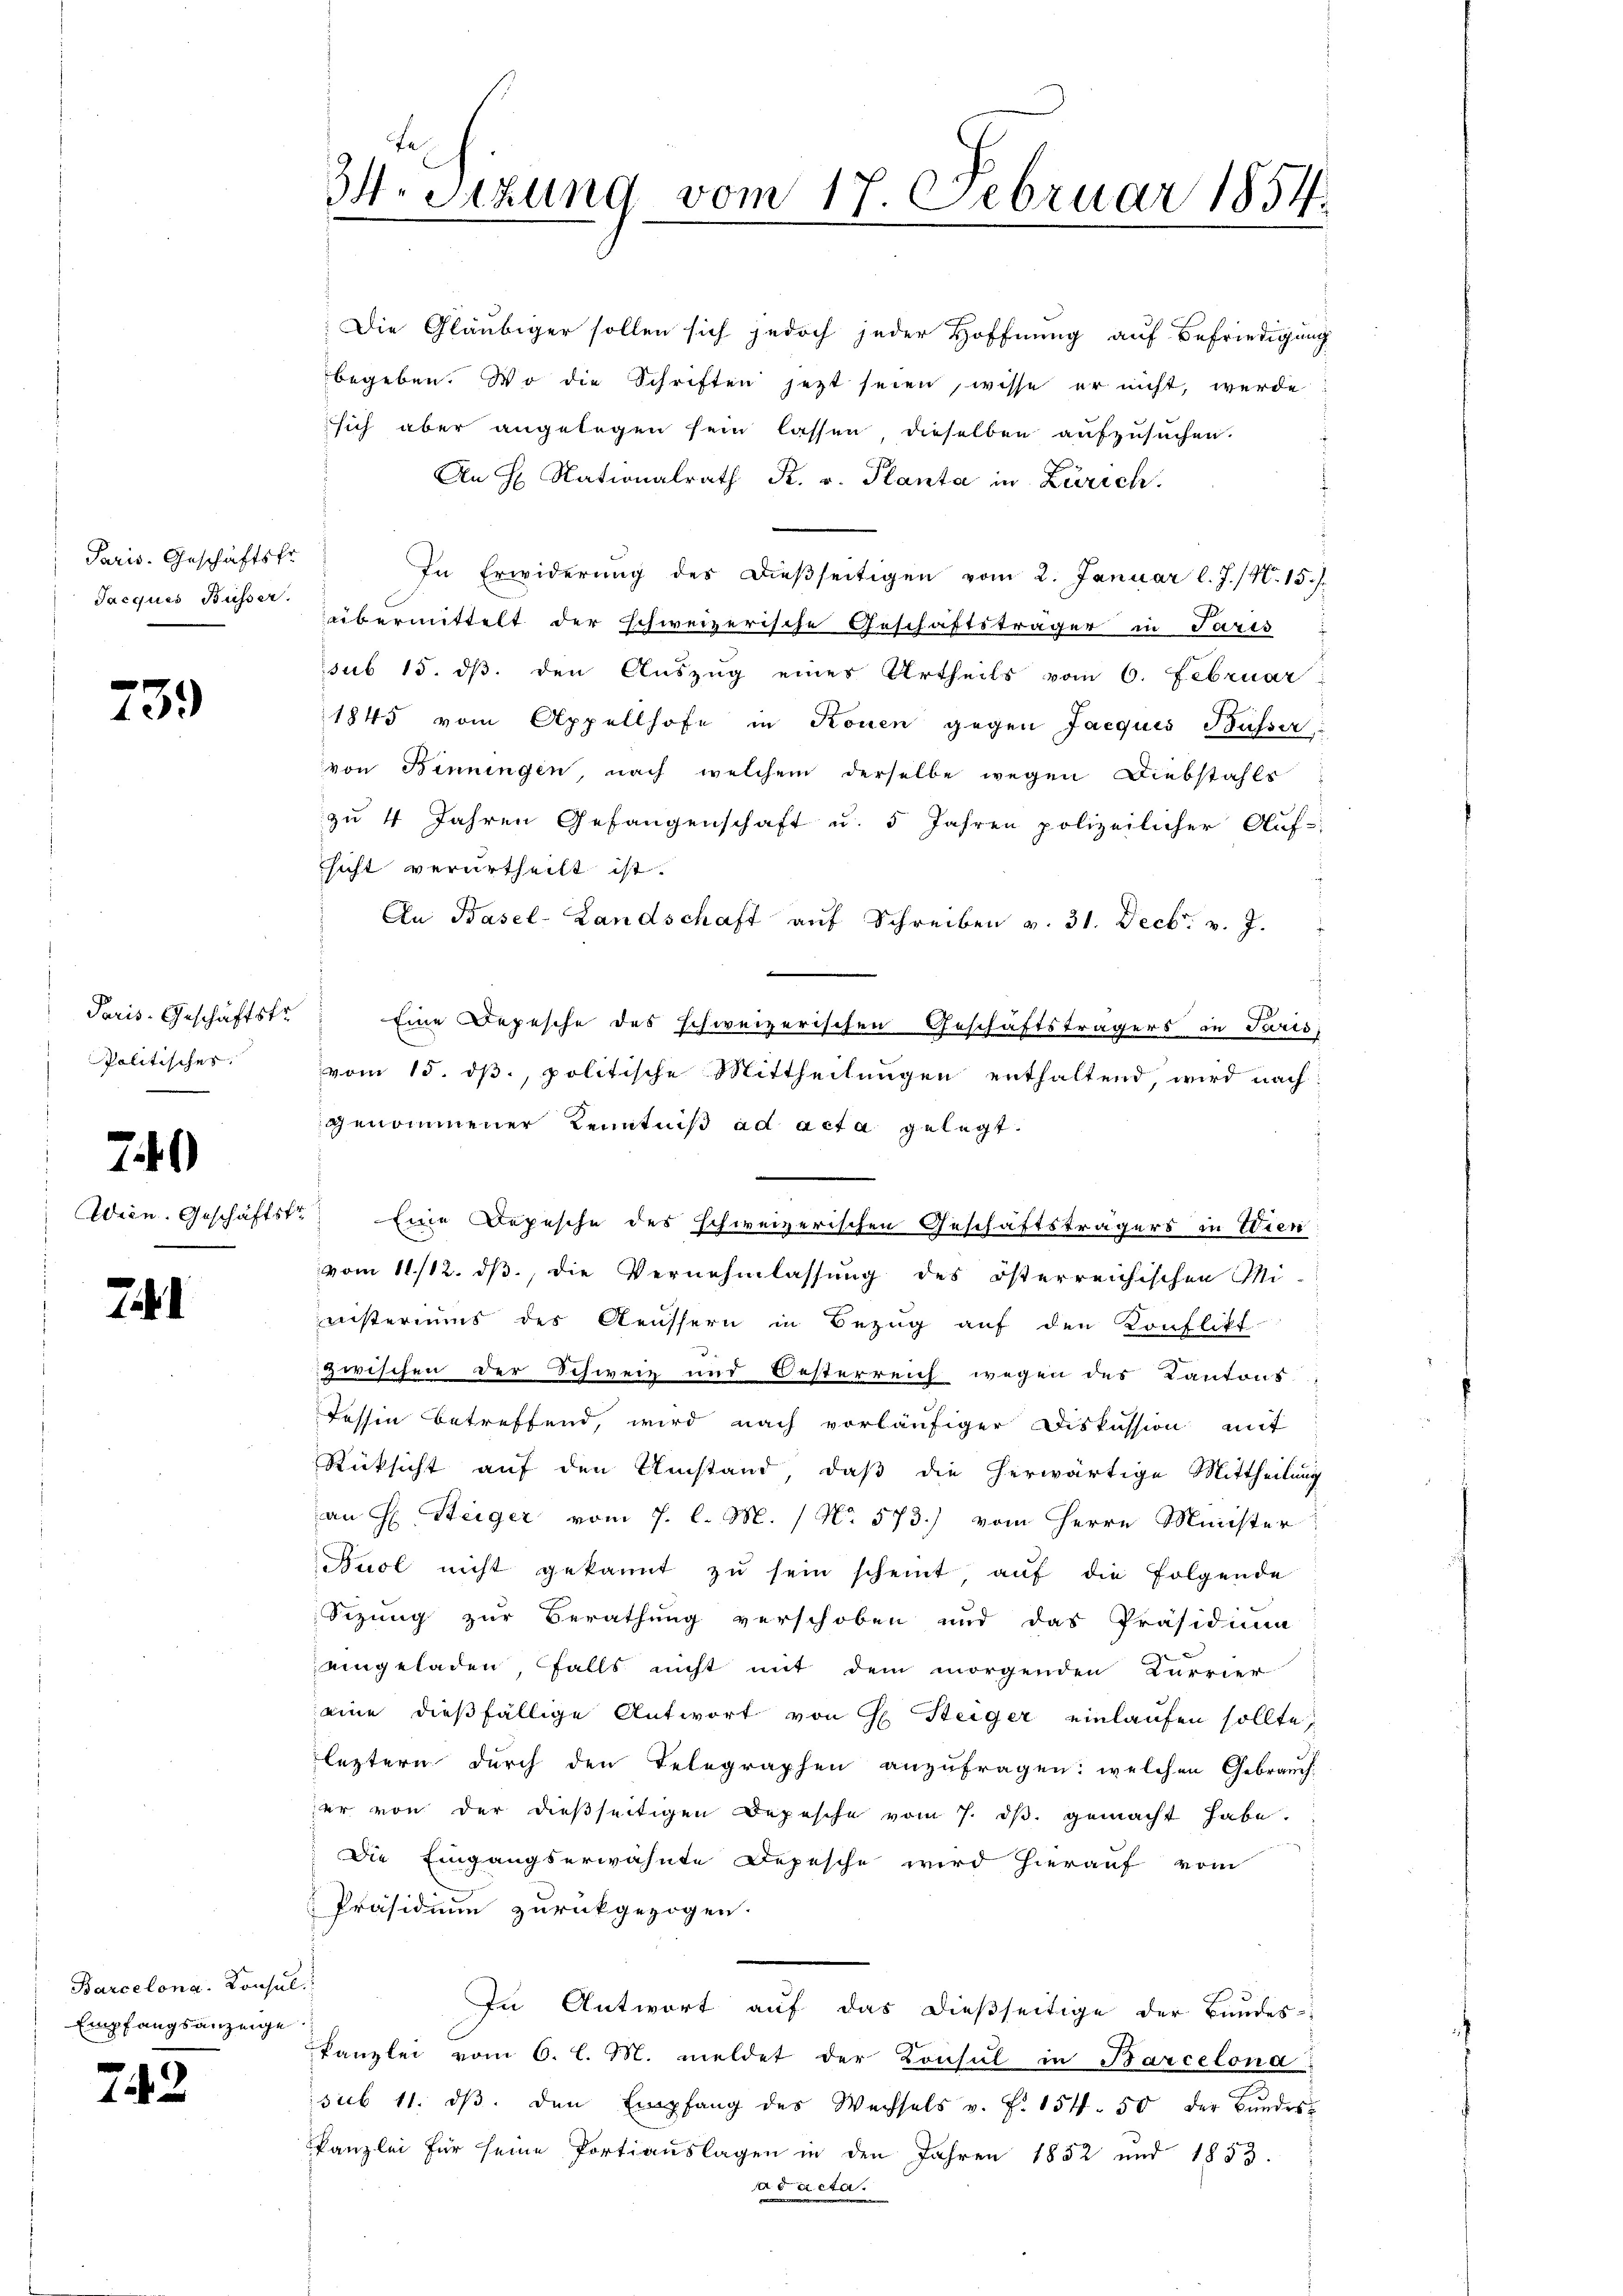
Paris. Geschäftsfr.
Jacques Busser.

73.

Paris-Geschäftstr
Politisches.

749

Wien. Geschäftstr

741

Barcelona. Konsul
Empfangsanzeige.

242

H. Sitzung vom 17. Februar 1854.

Die Gläubiger sollen sich jedoch jeder Hoffnung auf Befriedigung
begeben. Wo die Schriften jetzt seien, wisse er nicht, werde
sich aber angelegen sein lassen, dieselben aufzusuchen.
An H. Nationalrath R. v. Planta in Zürich.
In Erwiderung des dießseitigen vom 2. Januar l. J. / N. 15./.
übermittelt der schweizerische Geschäftsträger in Paris;
sub 15. ds. den Auszug eines Urtheils vom 6. Februar:
1845 vom Appellhofe in Rouen gegen Jacquis Busser,
von Binningen, nach welchem derselbe wegen Diebstahls
zu 4 Jahren Gefangenschaft u. 5 Jahren polizeilicher Auf-
sicht verurtheilt ist.
An Basel-Landschaft aŭf Schreiben v. 31. Decbr. v. J.
Eine Depesche des schweizerischen Geschäftsträgers in Paris
vom 15. dß., politische Mittheilungen enthaltend, wird nach
genommener Kenntniß ad acta gelegt.
Eine Depesche des schweizerischen Geschäftsträgers in Wien
vom 11./12. ds., die Vernehmlassung des österreichischen Mi-
nisteriums des Aeussern in Bezug auf den Konflikt
zwischen der Schweiz und Oesterreich wegen des Kantons
Tessin betreffend, wird nach vorläufiger Diskussion mit
Rücksicht auf den Umstand, daß die herwärtige Mittheilung
an H. Steiger vom 7. l. M. / No 573.) vom Herrn Minister
Buol nicht gekannt zŭ sein scheint aŭf die folgende
Sezung zur Berathung verschoben und das Präsidium
eingeladen, falls nicht mit dem morgenden Kurrier
eine dießfällige Antwort von H. Steiger einlaufen sollte,
leztern durch den Telegraphen anzufragen: welchen Gebrauch
er von der dießseitigen Depesche vom 7. dβ. gemacht habe.
Die Eingangserwähnte Depesche wird hierauf vom
Präsidium zurückgezogen.
¬
In Antwort aŭf das dieβseitige der Bundes-
Kanzlei vom 6. l. M. meldet der Konsul in Barcelona
sub 11. dβ. den Empfang des Wechsels v. f. 154. 50 der Bŭndes-
kanzlei für seine Portiauslagen in den Jahren 1852 und 1853.
ad acta.